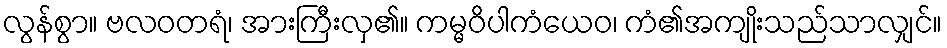
လွန်စွာ။ ဗလဝတရံ၊ အားကြီးလှ၏။ ကမ္မဝိပါကံယေဝ၊ ကံ၏အကျိုးသည်သာလျှင်။